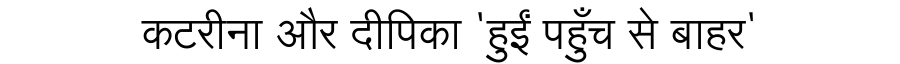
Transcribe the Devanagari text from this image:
कटरीना और दीपिका 'हुईं पहुँच से बाहर'